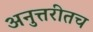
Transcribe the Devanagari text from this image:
अनुत्तरीतच